Annual report of the Punjab Veterinary College and of the Civil Veterinary Department, Punjab - 1894-1908
Year: 1894
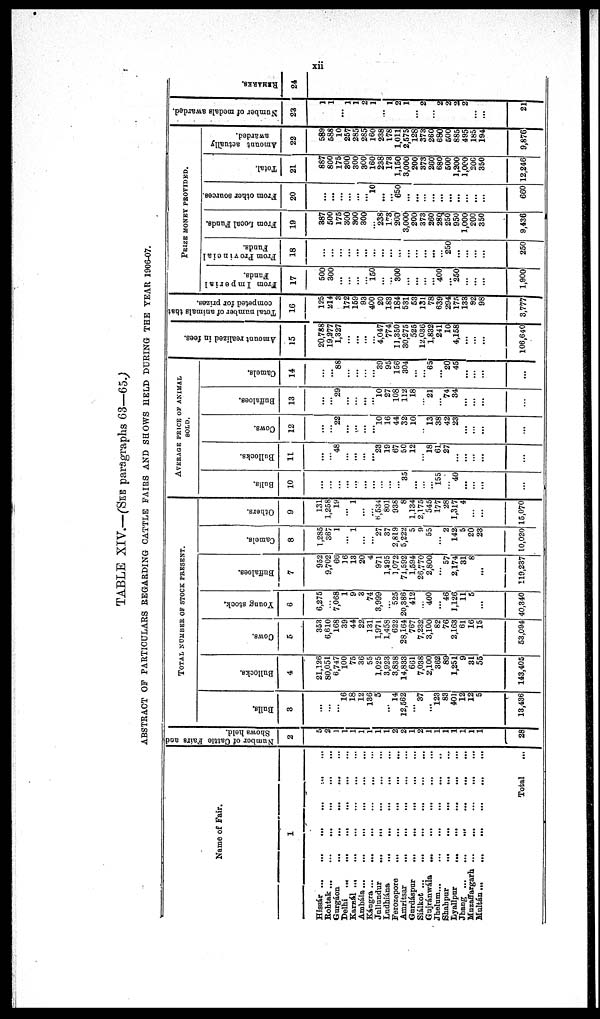
xii
TABLE XIV.—(SEE paragraphs 63—65.)
ABSTRACT OF PARTICULARS REGARDING CATTLE FAIRS AND SHOWS HELD DURING THE YEAR 1906-07.
Name of Fair.
1
Hissár ...
...
...
...
...
...
...
Rohtak ...
...
...
...
...
...
Gurgáon
...
...
...
...
Delhi ... ... ...
Karnál
...
...
...
...
Ambála...
...
...
...
...
Kángra ... ... ... ...
Jallundur
...
...
...
...
Ludbiána
...
...
...
...
Ferozepore
...
...
...
...
...
Amritsar
...
...
...
...
...
Gnrdáspur
...
...
...
...
...
Siálkot ...
...
...
...
Gujránwála
...
...
...
...
...
Jhelum...
...
...
...
...
., ...
Shahpur
...
...
...
...
Lyallpur
...
...
...
...
...
Jhang
...
...
...
...
...
Mnzaffargarh ...
...
...
...
...
...
Multán... ... ... ... ... ... ... ... ...
Total ...
Number of Cattle Fairs and
Shows held.
2
5
2
1
1
1
1
1
1
1
2
2
1
2
1
1
1
1
1
1
1
28
TOTAL NUMBER OF STOCK PRESENT.
Bulls.
3
...
...
...
16
18
12
136
5
...
14
12,562
...
37
...
123
83
401
12
12
5
13,436
Bullocks.
4
21,126
80,051
6,747
100
75
36
55
1,025
3,923
3,838
14,833
661
7,038
2,100
362
89
1,251
9
31
55
143,405
Cows.
5
353
6,610
168
39
44
22
131
1,971
1,458
622
28,164
767
7,232
3,100
82
76
2,163
61
16
15
53,094
Young stock.
6
6,275
...
7,068
1
9
3
74
3,999
...
525
20,386
412
...
400
...
46
1,126
11
5
...
40,340
Buffaloes.
7
952
9,702
66
16
13
20
4
971
1,395
1,072
71,592
1,594
26,770
2,800
...
57
2,174
31
8
...
119,237
Camels.
8
1,285
367
1
...
1
...
...
27
37
2,819
5,222
5
9
55
2
142
5
20
23
10,020
Others.
9
131
1,258
19
... 1
...
...
6,534
801
938
8
1,134
2,175
545
177
28
1,317
4
...
...
15,070
AVERAGE PRICE OF ANIMAL
SOLD.
Bulls.
10
...
...
...
...
...
...
...
...
...
...
35
...
...
...
155
...
40
...
...
...
Bullocks.
11
...
...
48
...
...
...
...
23
19
67
50
12
...
18
61
27
...
...
...
...
...
Cows.
12
...
...
22
...
...
...
...
10
16
44
32
10
...
13
38
42
23
...
...
...
...
Buffaloes.
13
...
...
29
...
...
...
...
10
27
108
112
18
...
21
74
34
...
...
...
...
Camels.
14
...
...
88
...
...
...
...
39
95
156
304
...
...
65
...
20
45
...
...
...
...
Amount realized in fees.
15
20,788
19,277
1,327
...
...
...
...
4,047
774
11,350
30,275
525
12,036
1,832
241
10
4,158
...
...
...
106,640
Total number of animals that
competed for prizes.
16
125
214
3
172
159
93
400
20
183
184
531
53
131
78
639
294
175
133
92
98
3,777
PRIZE
MONERY
PROVIDED.
From Imperial
Funds.
17
500
300
...
...
...
...
150
...
...
300
...
...
...
...
400
...
250
...
...
...
1,900
From Provincial
Funds.
18
...
...
...
...
...
...
...
...
...
...
...
...
...
...
...
250
...
...
...
...
250
From Local Funds.
19
387
500
175
300
300
300
...
238
173
200
3,000
200
373
260
280
250
950
1,000
200
350
9,436
From other sources.
20
...
...
...
...
...
...
10
...
...
650
...
...
...
...
...
...
...
...
...
...
660
Total.
21
887
800
175
300
300
300
160
238
173
1,150
3,000
200
373
260
680
500
1,200
1,000
200
350
12,246
Amount actually
awarded.
22
589
588
10
257
285
285
160
238
178
1,011
2,575
128
373
260
680
500
885
495
185
194
9,876
Number of medals awarded.
23
...
...
...
...
...
...
...
...
...
...
...
...
2
...
2
2
2
2
...
...
21
REMARKS.
24